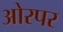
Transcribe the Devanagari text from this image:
ओरपर